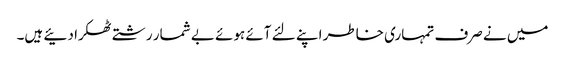
میں نے صرف تمہاری خاطر اپنے لئے آئے ہوئے بے شمار رشتے ٹھکرا دئیے ہیں۔